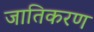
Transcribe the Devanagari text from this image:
जातिकरण